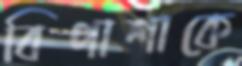
বিপাশাকে